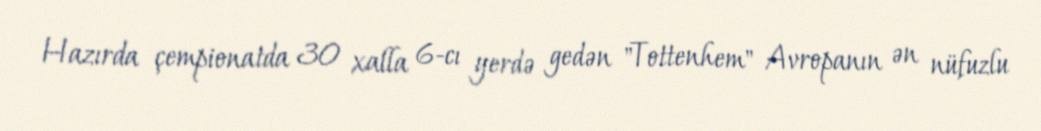
Hazırda çempionatda 30 xalla 6-cı yerdə gedən "Tottenhem" Avropanın ən nüfuzlu